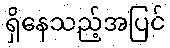
ရှိနေသည့်အပြင်